Medical and sanitary report of the native army of Bengal for the year
Year: 1876
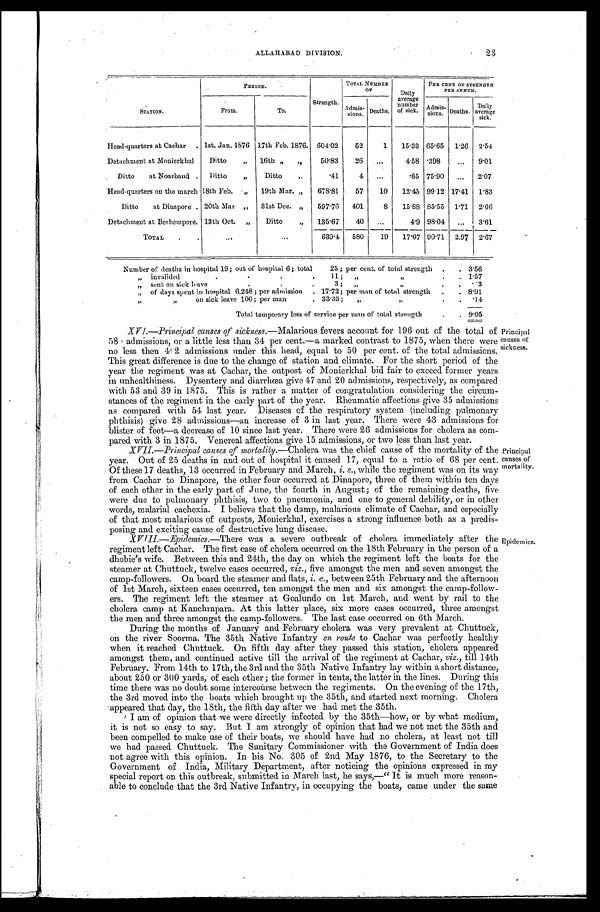
23
ALLAHABAD DIVISION .
STATION.
PERIOD.
Strength.
TOTAL NUMBER
OF
Daily
average
number of sick.
PER CENT OF STRENGTH
PER ANNUM.
From.
To.
Admis-sions. Deaths.
Admis-
sions. Deaths.
Daily
average
sick.
Head-quarters at Cachar
. . 1st. Jan. 1876 17th Feb. 1876. 604.02
52
1
15.33 65.65 1.26 2.54
Detachment at Monierkhal
Ditto
„
16th „
,,
50.83
26
...
4 . 5 8 .398
...
9.01
Ditto at Noarband .
Ditto
,,
Ditto
„
.41
4
...
.85 75.90
...
2.07
Head-quarters on the march 18th Feb.
„
19th Mar. „
678.81
57
10
12.45 99.12 17.41 1.83
Ditto at Dinapore . 20th Mar „
31st Dec. „
597.76
401
8
15.88 85.55 1.71 2.66
Detachment at Berhempore. 13th Oct. „
Ditto
„
135.67
40
...
4.9 98.04
...
3.61
TOTAL
.
.
...
...
639.4
580
19
17.07 90.71 2.97 2.67
Number of deaths in hospital 19 ; out of hospital 6 ; total
25; per cent. of total strength.
. 3.56
„
invalided
.
.
. .
11 ;
,,
„
.
. 1.57
„
sent on sick leave
.
.
.
3 ;
„ „
.
.
. 3
„ of days spent in hospital 6,248 ; per admission . 17.72 ; per man of total strength
.
. 8.91
„
„
on sick leave 100 ; per man
. 33.33 ;
„
„
.
. .14
Total temporary loss of service per man of total strength
.
. 9.05
XVI.—Principal causes of sickness. —Malarious fevers account for 196 out of the total of
58 admissions, or a little less than 34 per cent.—a marked contrast to 1875, when there were
no less then 4! . 2 admissions under this head, equal to 50 per cent. of the total admissions.
This great difference is due to the change of station and climate. For the short period of the
year the regiment was at Cachar, the outpost of Monierkhal bid fair to exceed former years
in unhealthiness. Dysentery and diarrhœa give 47 and 20 admissions, respectively, as compared
with 53 and 39 in 1875. This is rather a matter of congratulation considering the circum
-stances of the regiment in the early part of the year. Rheumatic affections give 35 admissions
as compared with 54 last year. Diseases of the respiratory system (including pulmonary
phthisis) give 28 admissions–an increase of 3 in last year. There were 43 admissions for
blister of feet–a decrease of 10 since last year. There were 26 admissions for cholera as com-
pared with 3 in 1875. Venereal affections give 15 admissions, or two less than last year.
XVII.—Principal causes of Mortality. —Cholera was the chief cause of the mortality of the
year. Out of 25 deaths in and out of hospital it caused 17, equal to a ratio of 68 per cent.
Of these 17 deaths, 13 occurred in February and March, i. e., while the regiment was on its way
from Cachar to Dinapore, the other four occurred at Dinapore, three of them within ten days
of each other in the early part of June, the fourth in August ; of the remaining deaths, five
were due to pulmonary phthisis, two to pneumonia, and one to general debility, or in other
words, malarial cachexia. I believe that the damp, malarious climate of Cachar, and especially
of that most malarious of outposts, Monierkhal, exercises a strong influence both as a predis-
posing and exciting cause of destructive lung disease.
XVIII.—Epedemics.—There was a severe outbreak of cholera immediately after the
regiment left Cachar. The first case of cholera occurred on the 18th February in the person of a
dhobie's wife. Between this and 24th, the day on which the regiment left the boats for the
steamer at Chuttuck, twelve cases occurred, viz., five amongst the men and seven amongst the
camp-followers. On board the steamer and flats,i .
e . ,
b e t w e e n 2 5 t h F e b r u a r y a n d t h e a f t e r n o o n
of 1st March, sixteen cases occurred, ten amongst the men and six amongst the camp-follow
- e r s . T h e r e g i m e n t l e f t t h e s t e a m e r a t G o a l u n d o o n 1 s t M a r c h , a n d w e n t b y r a i l t o t h e
cholera camp at Kanchrapara. At this latter place, six more cases occurred, three amongst
the men and three amongst the camp-followers. The last case occurred on 6th March.
During the months of January and February cholera was very prevalent at Chuttuck,
on the river Soorma. The 35th Native Infantry en route to Cachar was perfectly healthy
when it reached Chuttuck. On fifth day after they passed this station, cholera appeared
amongst them, and continued active till the arrival of the regiment at Cachar, viz., till 14th
February. From 14th to 17th, the 3rd and the 35th Native Infantry lay within a short distance,
about 250 or 300 yards, of each other ; the former in tents, the latter in the lines. During this
time there was no doubt some intercourse between the regiments. On the evening of the 17th,
the 3rd moved into the boats which brought up the 35th, and started next morning. Cholera
appeared that clay, the 18th, the fifth day after we had met the 35th.
I am of opinion that we were directly infected by the 35th—how, or by what medium,
it is not so easy to say. But I am strongly of opinion that had we not met the 35th and
been compelled to make use of their boats, we should have had no cholera, at least not till
we had passed Chuttuck. The Sanitary Commissioner with the Government of India does
not agree with this opinion. In his No. 305 of 2nd May 1876, to the Secretary to the
Government of India, Military Department, after noticing the opinions expressed in my
special report on this outbreak, submitted in March last, he says,—"It is much more reason-
able to conclude that the 3rd Native Infantry, in occupying the boats, came under the same
Principal
causes of
sickness.
Principal
causes of
mortality.
Epidemics.